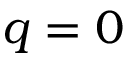
q = 0